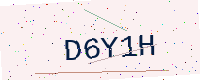
Text: D6Y1H